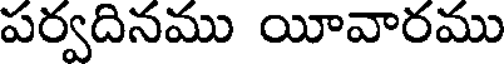
పర్వదినము యీవారము